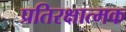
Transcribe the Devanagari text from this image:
प्रतिरक्षात्‍मक